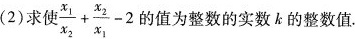
(2)求使 $$\frac { x _ { 1 } } { x _ { 2 } }+ \frac { x _ { 2 } } { x _ { 1 } } - 2$$ 的值为整数的实数k的整数值。